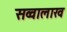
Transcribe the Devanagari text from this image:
सव्वालाख